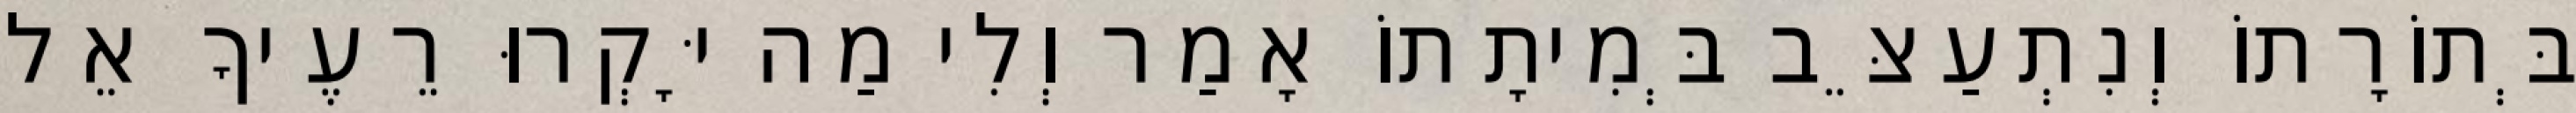
בְּתוֹרָתוֹ וְנִתְעַצֵּב בְּמִיתָתוֹ אָמַר וְלִי מַה יָּקְרוּ רֵעֶיךָ אֵל